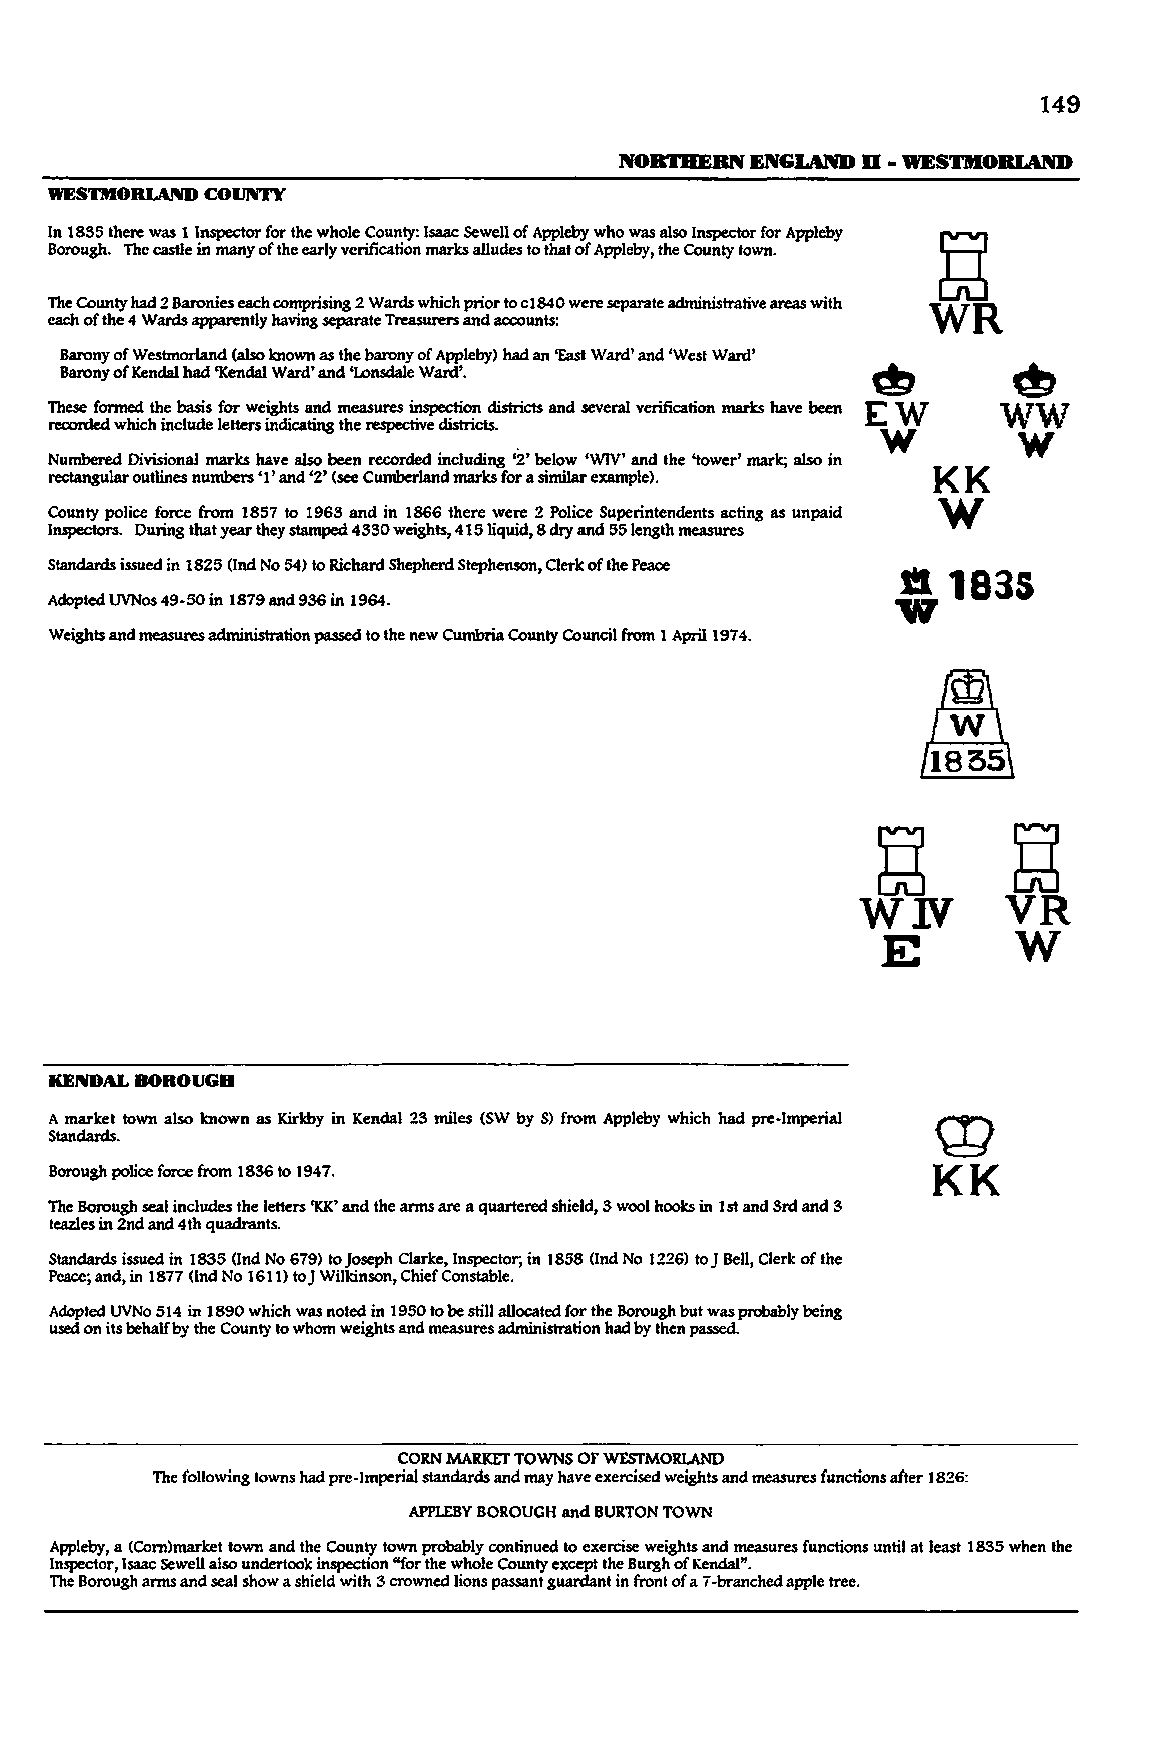
149
 NORTHERN ENGlAND D • WESTMOBlAlU)
 WESTMORlAND COIJNI'Y
 In 1885 there was 1 Inspector for the whole County: Isaac Sewell of Appleby who was also Inspector for Appleby
 Borough. The castle in many of the early verification marks alludes to that of Appleby, the County town.
 ~
 The County had 2 Baronies each comprising 2 Wards which prior to cl840 were separate administrative areas with WR
 each of the 4 Wards apparently having separate Treasurers and accounts:
 m
 Barony of Wesbnorland (also known as the barony of Appleby) had an 'East Ward' and 'West Ward'
 Barony of Kendal had 'Kendal Ward' and 'Lonsdale Ward'. ~
 ww
 These fonned the basis for weights and measures inspection districts and several verification marks have been EW
 recorded which include letters indicating the respective districts. W w
 Numbered Divisional marks have also been recorded including '2' below 'WIV' and the 'tower' mark; also in KK
 rectangular outlines numbers '1' and '2' (see Cumberland marks for a similar example).
 W
 County police force from 1857 to 1968 and in 1866 there were 2 Police Superintendents acting as unpaid
 Inspectors. During that year they stamped 4880 weights, 415 liquid, 8 dry and 55 length measures
 Standards issued in 1825 (Ind No 54) to Richard Shepherd Stephenson, Clerk of the Peace
 "   183S
 Adopted UVNos 49-50 in 1879 and 986 in 1964.
 Weights and measures administration passed to the new Cumbria County Council from 1 April 1974.
 ~        ~
 VR
 WIY
 E        W
 KENDAL BOROUGH
 A market town also known as Kirkby in Kendal 28 miles (SW by S) from Appleby which had pre-Imperial W
 Standards.
 KK
 Borough police force from 1886 to 1947.
 The Borough seal includes the letters 'KK' and the arms are a quartered shield, 8 wool hooks in 1st and 8rd and 8
 teazles in 2nd and 4th quadrants.
 Standards issued in 1885 (Ind No 679) to Joseph Clarke, Inspector; in 1858 (lnd No 1226) to J Bell, Clerk of the
 Peace; and, in 1877 (Ind No 1611) to) Wilkinson, Chief Constable.
 Adopted UVNo 514 in 1890 which was noted in 1950 to be still allocated for the Borough but was probably being
 used on its behalf by the County to whom weights and measures administration had by then passed.
 CORN MARKET TOWNS OF WESTMORLAND
 The following towns had pre-Imperial standards and may have exercised weights and measures functions after 1826:
 APPLEBY BOROUGH and BURTON TOWN
 Appleby, a (Com)market town and the County town probably continued to exercise weights and measures functions until at least 1885 when the
 Inspector, Isaac Sewell also undertook inspection "for the whole County except the Burgh of Kendal".
 The Borough arms and seal show a shield with 3 crowned lions passant guardant in front of a 7 -branched apple tree.